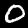
Label: 0